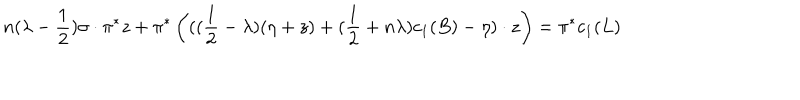
n ( \lambda - \frac { 1 } { 2 } ) \sigma \cdot \pi ^ { * } z + \pi ^ { * } \left( ( ( \frac { 1 } { 2 } - \lambda ) ( \eta + z ) + ( \frac { 1 } { 2 } + n \lambda ) c _ { 1 } ( B ) - \eta ) \cdot z \right) = \pi ^ { * } c _ { 1 } ( L )